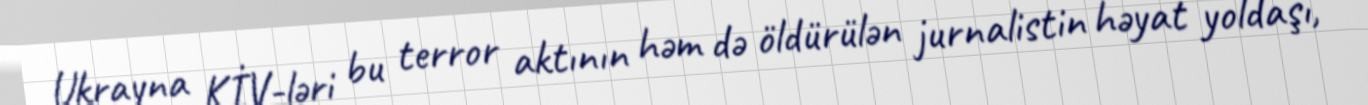
Ukrayna KİV-ləri bu terror aktının həm də öldürülən jurnalistin həyat yoldaşı,